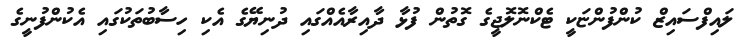
ލައިފްސައިޒް ކުންފުންޏަކީ ޓެކްނޮލޮޖީގެ ގޮތުން ފުޅާ ދާއިރާއެއްގައި ދުނިޔޭގެ އެކި ހިސާބުތަކުގައި އެކުންފުނީގެ